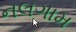
નલગામ